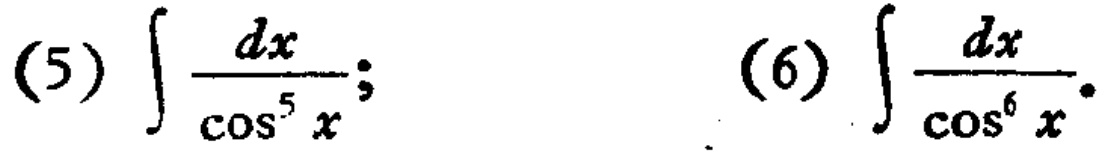
(5) \(\int \frac{dx}{\cos^{5}x}\); (6) \(\int \frac{dx}{\cos^{6}x}\)